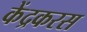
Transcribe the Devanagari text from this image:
केंद्रकरस